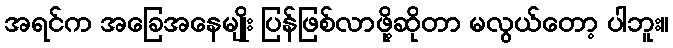
အရင်က အခြေအနေမျိုး ပြန်ဖြစ်လာဖို့ဆိုတာ မလွယ်တော့ ပါဘူး။